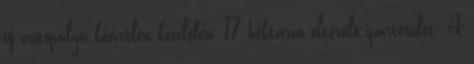
új autópálya közvetlen közelében, 17 hektáron elterülő iparterület. A